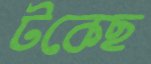
টকেছ